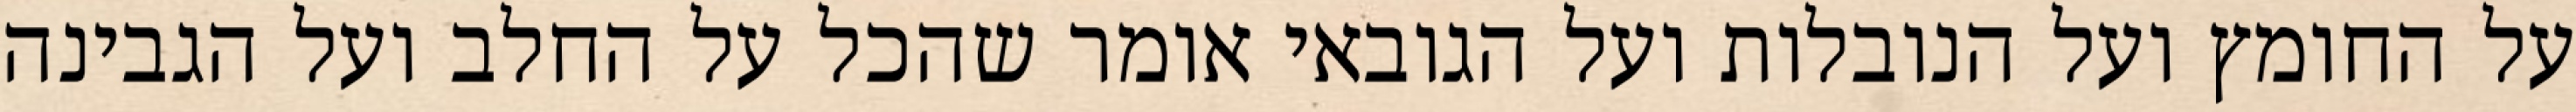
על החומץ ועל הנובלות ועל הגובאי אומר שהכל על החלב ועל הגבינה